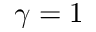
\gamma = 1